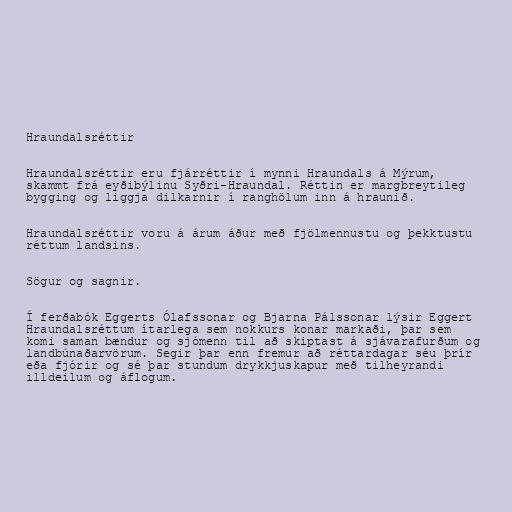
Hraundalsréttir

Hraundalsréttir eru fjárréttir í mynni Hraundals á Mýrum,
skammt frá eyðibýlinu Syðri-Hraundal. Réttin er margbreytileg
bygging og liggja dilkarnir í ranghölum inn á hraunið.

Hraundalsréttir voru á árum áður með fjölmennustu og þekktustu
réttum landsins.

Sögur og sagnir.

Í ferðabók Eggerts Ólafssonar og Bjarna Pálssonar lýsir Eggert
Hraundalsréttum ítarlega sem nokkurs konar markaði, þar sem
komi saman bændur og sjómenn til að skiptast á sjávarafurðum og
landbúnaðarvörum. Segir þar enn fremur að réttardagar séu þrír
eða fjórir og sé þar stundum drykkjuskapur með tilheyrandi
illdeilum og áflogum.